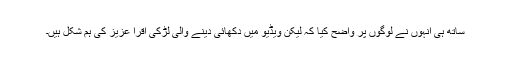
ساتھ ہی انہوں نے لوگوں پر واضح کیا کہ لیکن ویڈیو میں دکھائی دینے والی لڑکی اقرا عزیز کی ہم شکل ہیں۔